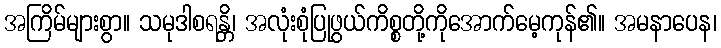
အကြိမ်များစွာ။ သမုဒါစရန္တိ၊ အလုံးစုံပြုဖွယ်ကိစ္စတို့ကိုအောက်မေ့ကုန်၏။ အမနာပေန၊